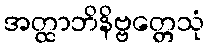
အတ္ထာဘိနိဗ္ဗတ္တေသုံ